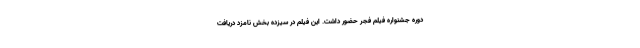
دوره جشنواره فیلم فجر حضور داشت. این فیلم در سیزده بخش نامزد دریافت